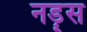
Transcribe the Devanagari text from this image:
नड़्स